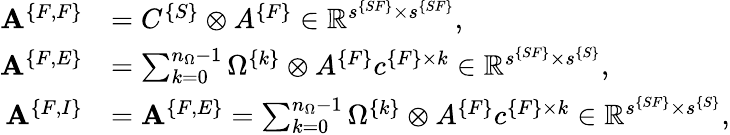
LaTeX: \begin{array}{rl}{{\mathbf A}^{\{ F,F\} }}&{=C^{\{ S\} }\otimes A^{\{ F\} }\in\mathbb{R}^{s^{\{ SF\} }\times s^{\{ SF\} }},}\\ {{\mathbf A}^{\{ F,E\} }}&{=\sum_{k=0}^{n_{\Omega}-1}\Omega^{\{ k\} }\otimes A^{\{ F\} }c^{\{ F\} \times k}\in\mathbb{R}^{s^{\{ SF\} }\times s^{\{ S\} }},}\\ {{\mathbf A}^{\{ F,I\} }}&{={\mathbf A}^{\{ F,E\} }=\sum_{k=0}^{n_{\Omega}-1}\Omega^{\{ k\} }\otimes A^{\{ F\} }c^{\{ F\} \times k}\in\mathbb{R}^{s^{\{ SF\} }\times s^{\{ S\} }},}\end{array}